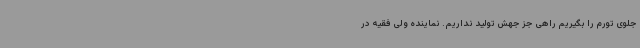
جلوی تورم را بگیریم راهی جز جهش تولید نداریم. نماینده ولی فقیه در